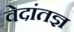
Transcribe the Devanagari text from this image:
वेदांतज्ञ